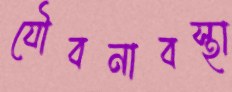
যৌবনাবস্থা